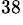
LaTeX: ^{38}